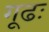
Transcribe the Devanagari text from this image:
गूढः